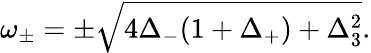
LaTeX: \omega_{\pm}=\pm\sqrt{4\Delta_{-}(1+\Delta_{+})+\Delta_{3}^{2}}.